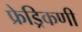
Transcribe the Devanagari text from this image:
फ्रेड्रिकणी